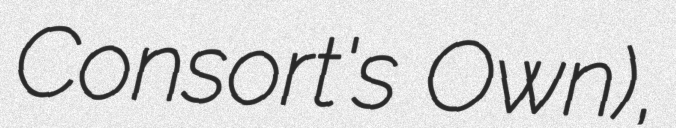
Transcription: Consort's Own),